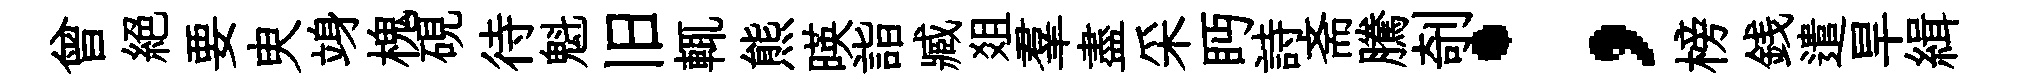
曾絕要㬰竧槐硯待魁旧輒熊暎詣臧爼羣盡采眄詩斋騰剞；榜銭遣旱緝